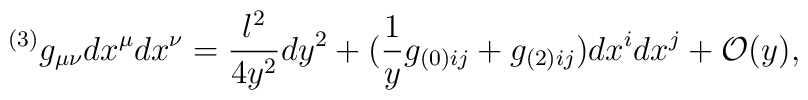
^{(3)}g_{\mu\nu}dx^\mu dx^\nu=\frac{l^2}{4y^2}dy^2+(\frac{1}{y}g_{(0)ij}+g_{(2)ij})dx^i dx^j+{\cal O}(y),